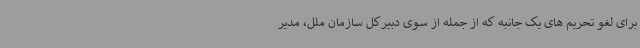
برای لغو تحریم های یک جانبه که از جمله از سوی دبیرکل سازمان ملل، مدیر